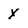
Character: y